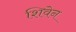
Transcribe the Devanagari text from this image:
शिवेन